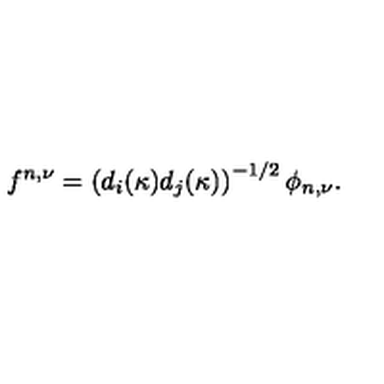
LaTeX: f ^ { n , \nu } = \left( d _ { i } ( \kappa ) d _ { j } ( \kappa ) \right) ^ { - 1 / 2 } \phi _ { n , \nu } .